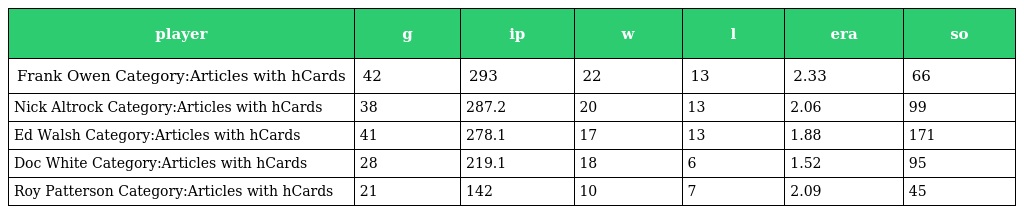
| player | g | ip | w | l | era | so |
 | --- | --- | --- | --- | --- | --- | --- |
 | Frank Owen Category:Articles with hCards | 42 | 293 | 22 | 13 | 2.33 | 66 |
 | Nick Altrock Category:Articles with hCards | 38 | 287.2 | 20 | 13 | 2.06 | 99 |
 | Ed Walsh Category:Articles with hCards | 41 | 278.1 | 17 | 13 | 1.88 | 171 |
 | Doc White Category:Articles with hCards | 28 | 219.1 | 18 | 6 | 1.52 | 95 |
 | Roy Patterson Category:Articles with hCards | 21 | 142 | 10 | 7 | 2.09 | 45 |